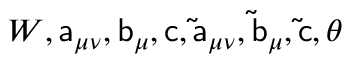
W , \mathsf { a } _ { \mu \nu } , \mathsf { b } _ { \mu } , \mathsf { c } , \mathsf { \tilde { a } } _ { \mu \nu } , \mathsf { \tilde { b } } _ { \mu } , \mathsf { \tilde { c } } , \theta